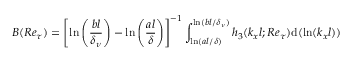
B ( R e _ { \tau } ) = \left[ \ln \left( \frac { b l } { \delta _ { \nu } } \right) - \ln \left( \frac { a l } { \delta } \right) \right] ^ { - 1 } \int _ { \ln ( a l / \delta ) } ^ { \ln ( b l / \delta _ { \nu } ) } h _ { 3 } ( k _ { x } l ; R e _ { \tau } ) \mathrm { d } ( \ln ( k _ { x } l ) )